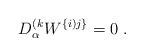
\begin{align*} D^{(k}_\alpha W^{\{i)j\}}=0\;.\end{align*}